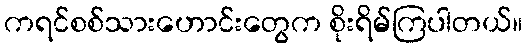
ကရင်စစ်သားဟောင်းတွေက စိုးရိမ်ကြပါတယ်။